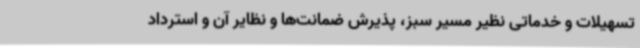
تسهیلات و خدماتی نظیر مسیر سبز، پذیرش ضمانت‌ها و نظایر آن و استرداد